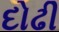
દોઢી